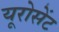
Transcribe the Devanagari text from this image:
यूरोसेंट